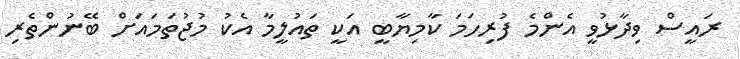
ރައީސް ވިދާޅުވީ އެންމެ ފުރިހަމަ ކާމިޔާބީ އަކީ ތައުލީމާ އެކު މުޖުތަމައަށް ބޭނުންތެރި